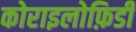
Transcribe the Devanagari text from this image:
कोराइलोफ़िडी